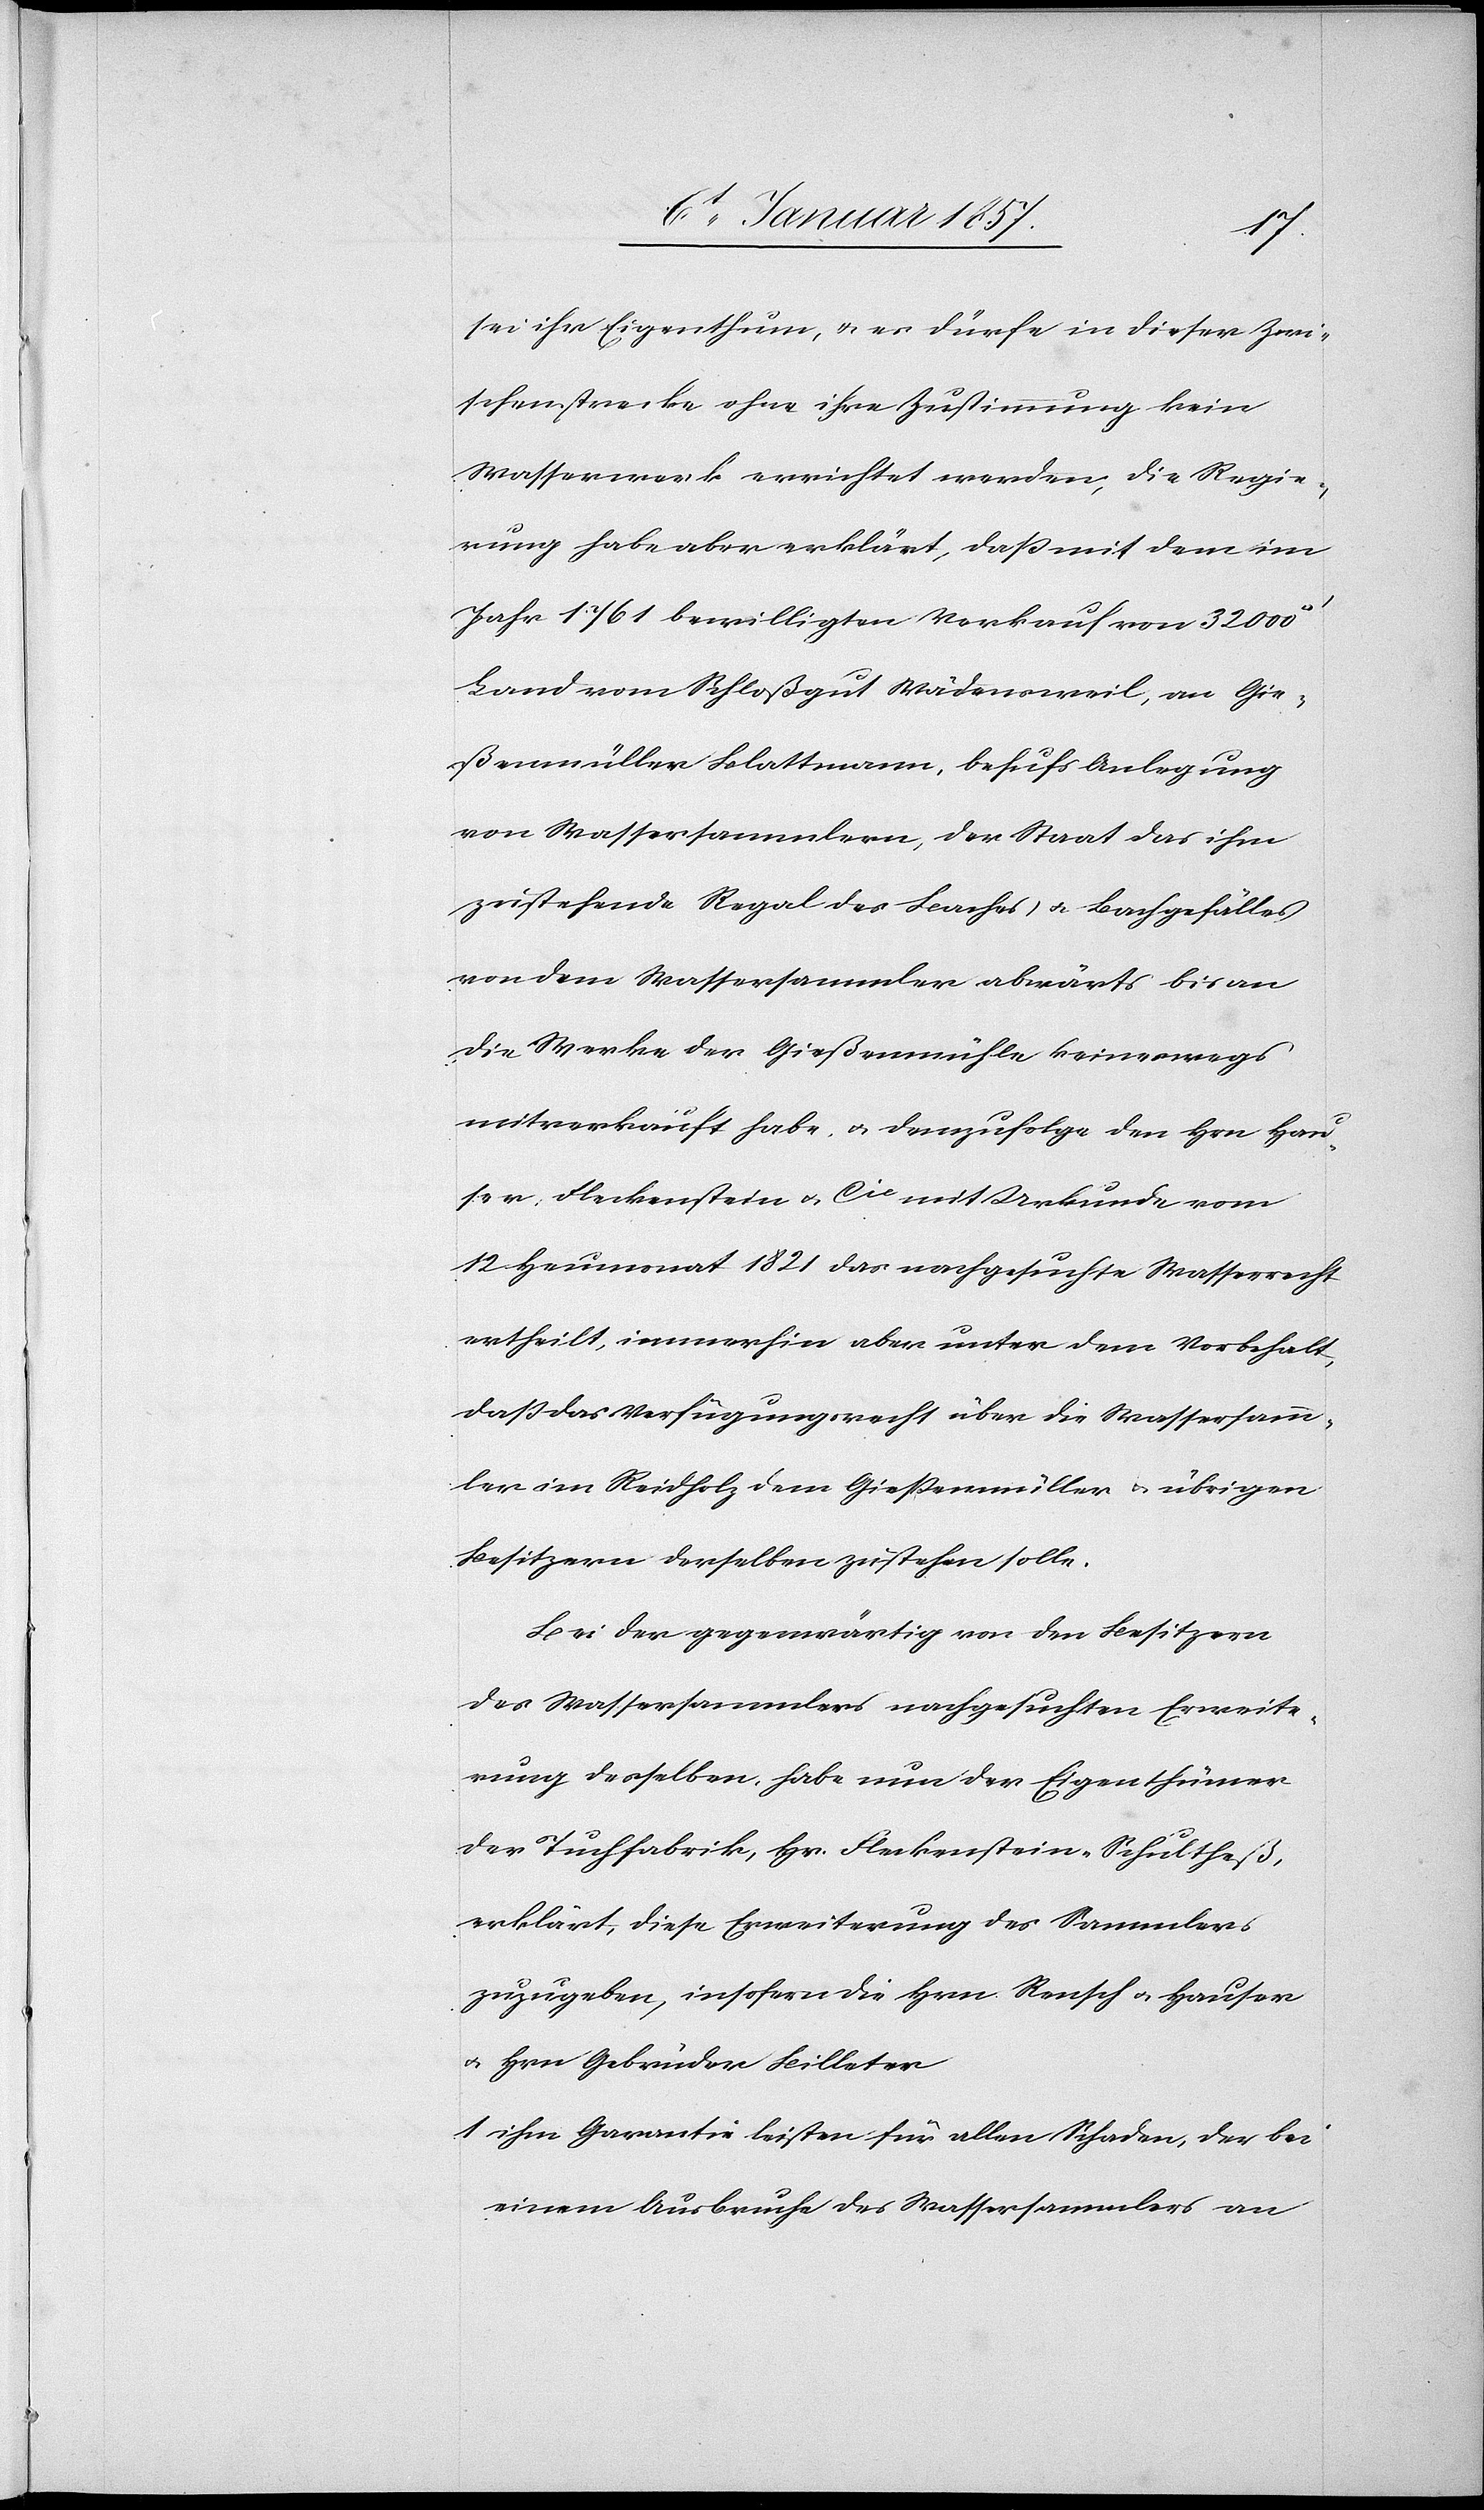
sei ihr Eigenthum, u. es dürfe in dieser Zwi¬
schenstrecke ohne ihre Zustimmung kein
Wasserwerk errichtet werden, die Regie¬
rung habe aber erklärt, daß mit dem im
Jahr 1761 bewilligten Verkauf von 32 000
Land vom Schloßgut Wädensweil, an Gie¬
ßenmüller Blattmann, behufs Anlegung
von Wassersammlern, der Staat das ihm
zustehende Regal des Baches u. Bachgefälles
von dem Wassersammler abwärts bis an
die Werke der Gießenmühle keineswegs
mitverkauft habe, u. demzufolge den Hrn Hau¬
ser, Fleckenstein & Cie mit Urkunde vom
12 Heumonat 1821 das nachgesuchte Wasserrecht
ertheilt, immerhin aber unter dem Vorbehalt,
daß das Verfügungsrecht über die Wassersamm¬
ler im Reidholz dem Gießenmüller & übrigen
Besitzern derselben zustehen solle.
Bei der gegenwärtig von den Besitzern
des Wassersammlers nachgesuchten Erweite¬
rung desselben, habe nun der Eigenthümer
der Tuchfabrik, Hr. Fleckenstein-Schultheß,
erklärt, diese Erweiterung des Sammlers
zuzugeben, insofern die Hrn. Rensch u. Hauser
u. Hrn Gebrüder Billeter
1. ihm Garantie leisten für allen Schaden, der bei
einem Ausbruche des Wassersammlers an